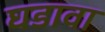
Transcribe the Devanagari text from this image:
घडावा